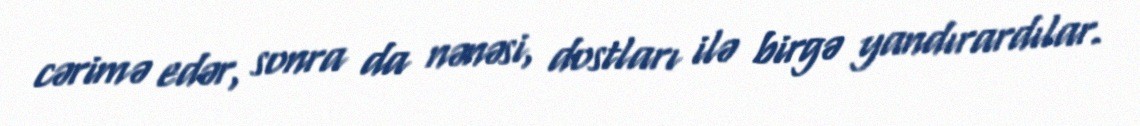
cərimə edər, sonra da nənəsi, dostları ilə birgə yandırardılar.